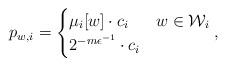
LaTeX: \begin{align*}p_{w,i}=\begin{cases}\mu_{i}[w]\cdot c_{i} & w\in\mathcal{W}_{i}\\2^{-m\epsilon^{-1}}\cdot c_{i} & \end{cases},\end{align*}